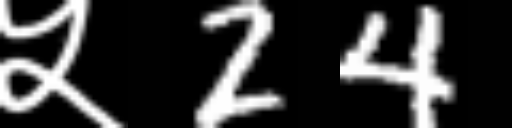
Text: ५24